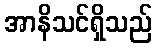
အာနိသင်ရှိသည်